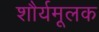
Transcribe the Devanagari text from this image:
शौर्यमूलक